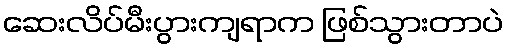
ဆေးလိပ်မီးပွားကျရာက ဖြစ်သွားတာပဲ